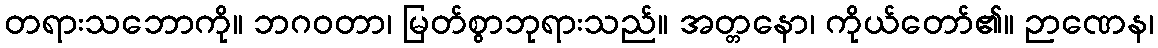
တရားသဘောကို။ ဘဂဝတာ၊ မြတ်စွာဘုရားသည်။ အတ္တနော၊ ကိုယ်တော်၏။ ဉာဏေန၊